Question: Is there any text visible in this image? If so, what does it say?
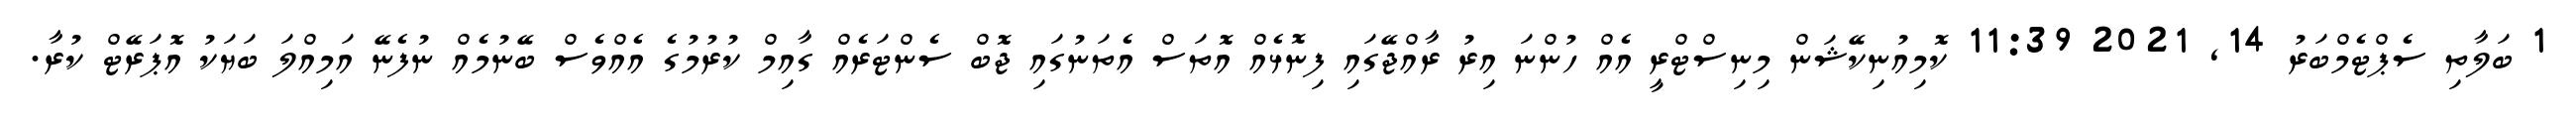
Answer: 1 ބަލާތި ސެޕްޓެމްބަރު 14, 2021 11:39 ކޮމިއުނިކޭޝަން މިނިސްޓްރީ އެއް ހުންނަ އިރު ރާއްޖޭގައި ފިނޮޅެއް އޮތަސް އެތަނުގައި ޖޮބް ސެންޓަރެއް ގާއިމް ކުރުމުގެ އެއްވެސް ބޭނުމެއް ނުފެނޭ އަމިއްލަ ބަޔަކު އޮޕަރޭޓް ކުރާ.